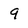
Character: 9